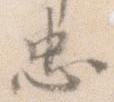
忠